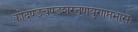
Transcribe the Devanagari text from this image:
कोदण्डचण्डशरतूणयुगाप्तभासः